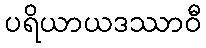
ပရိယာယဒဿာဝီ